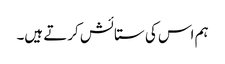
ہم اس کی ستائش کرتے ہیں۔